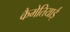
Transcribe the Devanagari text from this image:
कैमेतियाई